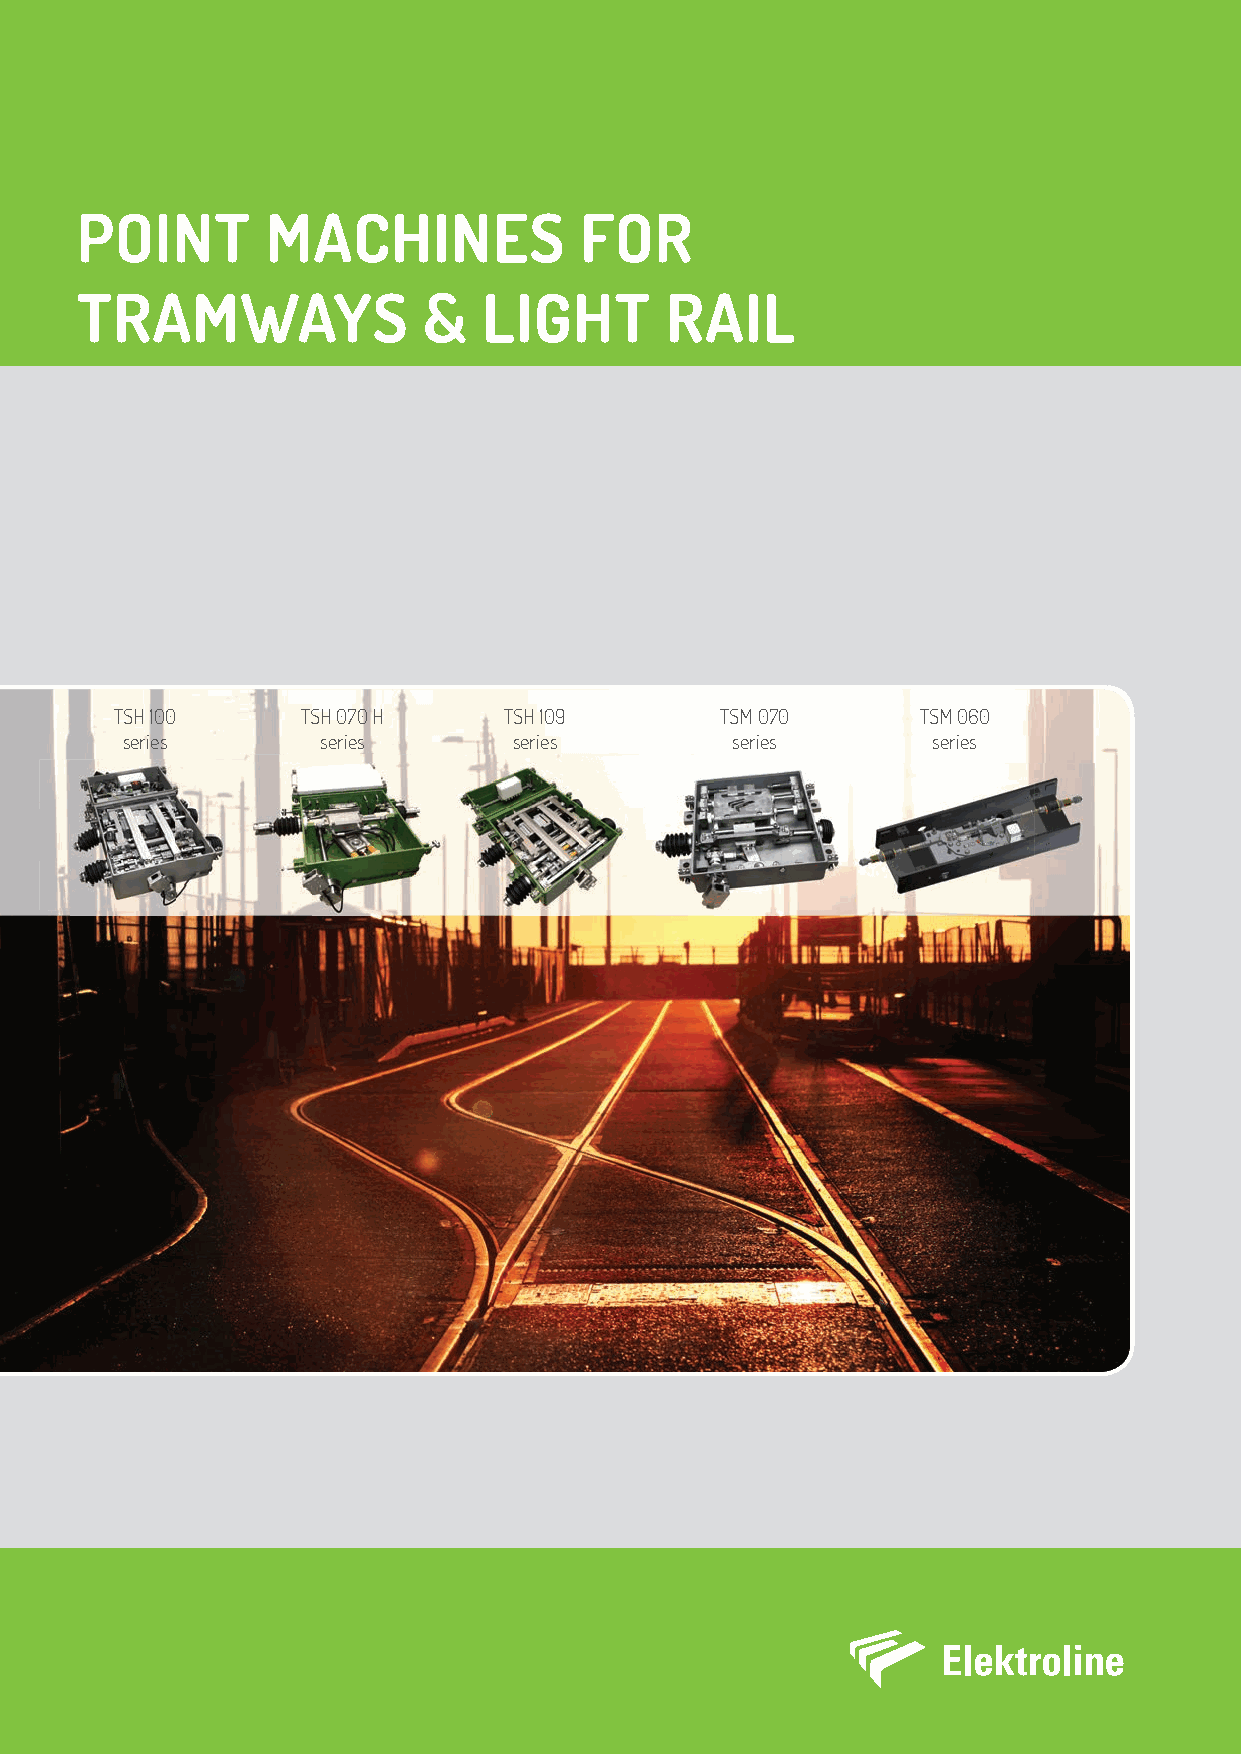
POINT        MACHINES            FOR
 TRAMWAYS               &   LIGHT       RAIL
 TSH 100     TSH 070 H    TSH 109        TSM 070      TSM 060
 series       series       series        series        series